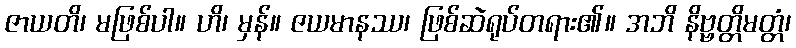
ဇာယတိ၊ မဖြစ်ပါ။ ဟိ၊ မှန်။ ဇယမာနဿ၊ ဖြစ်ဆဲရုပ်တရား၏။ အဘိ နိဗ္ဗတ္တိမတ္တံ၊